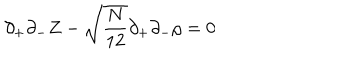
LaTeX: \partial _ { + } \partial _ { - } Z - \sqrt { \frac { N } { 1 2 } } \partial _ { + } \partial _ { - } \rho = 0